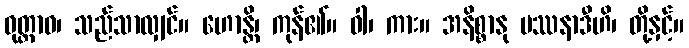
ဝုတ္တာဝ၊ သည်သာလျှင်။ ဟောန္တိ၊ ကုန်၏။ ဝါ၊ ကား။ အနိစ္စာနု ပဿနာဒီဟိ၊ တို့နှင့်။